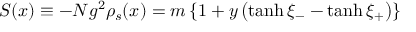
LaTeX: S ( x ) \equiv - N g ^ { 2 } \rho _ { s } ( x ) = m \left\{ 1 + y \left( \operatorname { t a n h } \xi _ { - } - \operatorname { t a n h } \xi _ { + } \right) \right\}